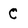
Character: C